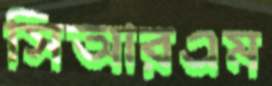
সিআরএম